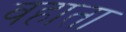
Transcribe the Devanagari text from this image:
वहाता